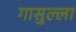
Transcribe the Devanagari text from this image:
गासुल्ला